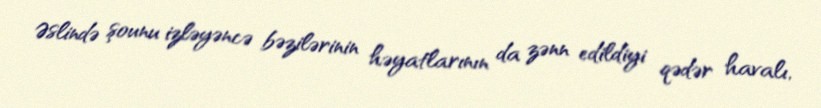
Əslində şounu izləyəncə bəzilərinin həyatlarının da zənn edildiyi qədər havalı,